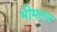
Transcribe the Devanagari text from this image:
भीमतल